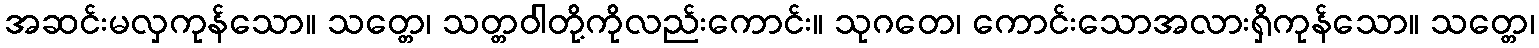
အဆင်းမလှကုန်သော။ သတ္တေ၊ သတ္တဝါတို့ကိုလည်းကောင်း။ သုဂတေ၊ ကောင်းသောအလားရှိကုန်သော။ သတ္တေ၊